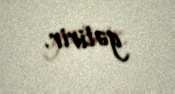
gətirir.